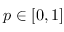
p \in [ 0 , 1 ]